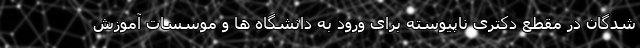
شدگان در مقطع دکتری ناپیوسته برای ورود به دانشگاه ها و موسسات آموزش